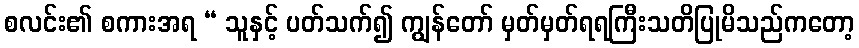
စလင်း၏ စကားအရ “ သူနှင့် ပတ်သက်၍ ကျွန်တော် မှတ်မှတ်ရရကြီးသတိပြုမိသည်ကတော့